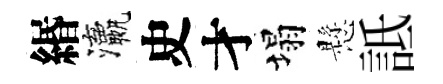
緡瀛史才塌懸詆